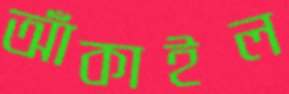
আঁকাইল